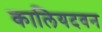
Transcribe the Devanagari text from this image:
कालियदवन